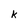
Character: k